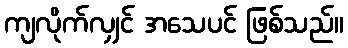
ကျလိုက်လျှင် အသေပင် ဖြစ်သည်။